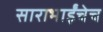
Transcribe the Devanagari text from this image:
साराभाईंचेच